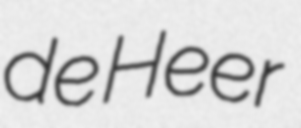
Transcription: de Heer